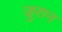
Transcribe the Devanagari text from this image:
जुरान